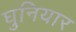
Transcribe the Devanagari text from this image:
घुनियार